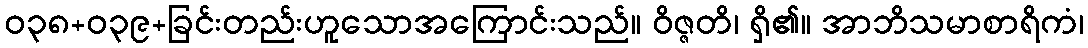
ဝ၃၈+၀၃၉+ခြင်းတည်းဟူသောအကြောင်းသည်။ ဝိဇ္ဇတိ၊ ရှိ၏။ အာဘိသမာစာရိကံ၊